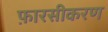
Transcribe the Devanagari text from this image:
फ़ारसीकरण